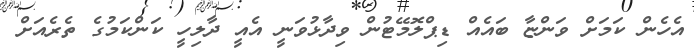
އެހެން ކަމަށް ވަންޏާ ބައެއް ޑިޕްލޮމޭޓުން ވިދާޅުވަނީ އެއީ ދާލިހީ ކަންކަމުގެ ތެރެއަށް